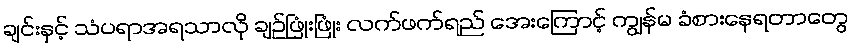
ချင်းနှင့် သံပရာအရသာလို ချဉ်ဖြုံးဖြုံး လက်ဖက်ရည် အေးကြောင့် ကျွန်မ ခံစားနေရတာတွေ